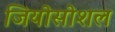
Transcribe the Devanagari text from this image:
जियोसोशल